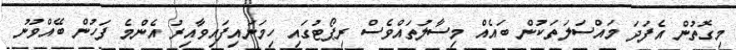
މިގޮތުން އެފަދަ މައްސަލަތަކުން ބައެއް މިސާލުތައްވެސް ރިޕޯޓުގައި ހިމަނައިފައިވާއިރު އެންމެ ފަހުން ބޭއްވުނު